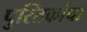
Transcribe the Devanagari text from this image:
पुस्तिकांचा